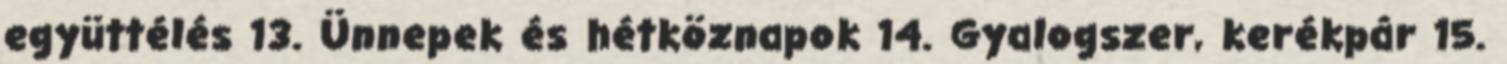
együttélés 13. Ünnepek és hétköznapok 14. Gyalogszer, kerékpár 15.